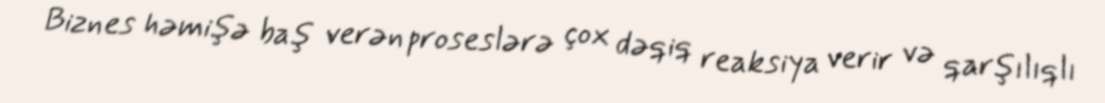
Biznes həmişə baş verən proseslərə çox dəqiq reaksiya verir və qarşılıqlı